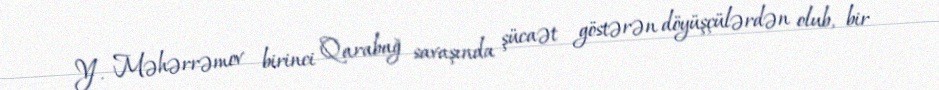
Y. Məhərrəmov birinci Qarabağ savaşında şücaət göstərən döyüşçülərdən olub, bir